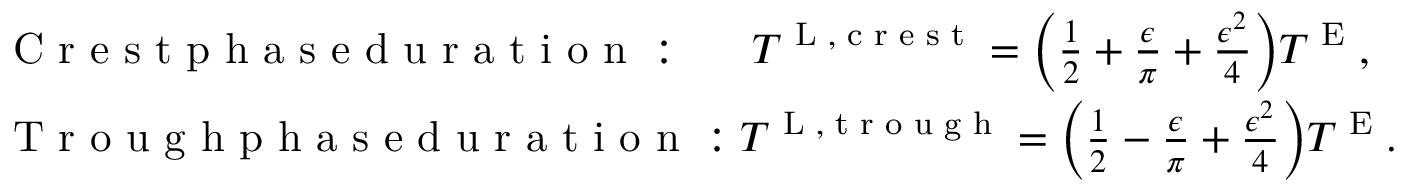
\begin{array} { r l } & { \textnormal { C r e s t p h a s e d u r a t i o n } : \, \, \, \, \, \, \, \, \, T ^ { \textnormal { L } , \textnormal { c r e s t } } = \bigg ( \frac { 1 } { 2 } + \frac { \epsilon } { \pi } + \frac { \epsilon ^ { 2 } } { 4 } \bigg ) T ^ { \textnormal { E } } , } \\ & { \textnormal { T r o u g h p h a s e d u r a t i o n } : T ^ { \textnormal { L } , \textnormal { t r o u g h } } = \bigg ( \frac { 1 } { 2 } - \frac { \epsilon } { \pi } + \frac { \epsilon ^ { 2 } } { 4 } \bigg ) T ^ { \textnormal { E } } . } \end{array}